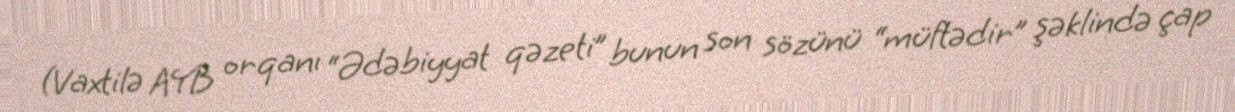
(Vaxtilə AYB orqanı “Ədəbiyyat qəzeti” bunun son sözünü “müftədir” şəklində çap